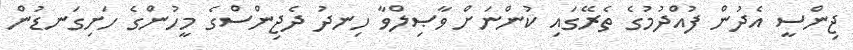
ޖިންސީ އެދުން ފުއްދުމުގެ ތެރޭގައި ކުންނަށް ވާޞިލްވާ ހިނދު ދެޖިންސްގެ މީހުންގެ ހަށިގަނޑުން